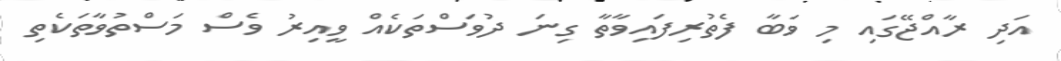
އަދި ރާއްޖޭގައި މި ވަބާ ފެތުރިފައިވާތާ ގިނަ ދުވަސްތަކެއް ވީއިރު ވެސް މަސްތުވާތަކެތި